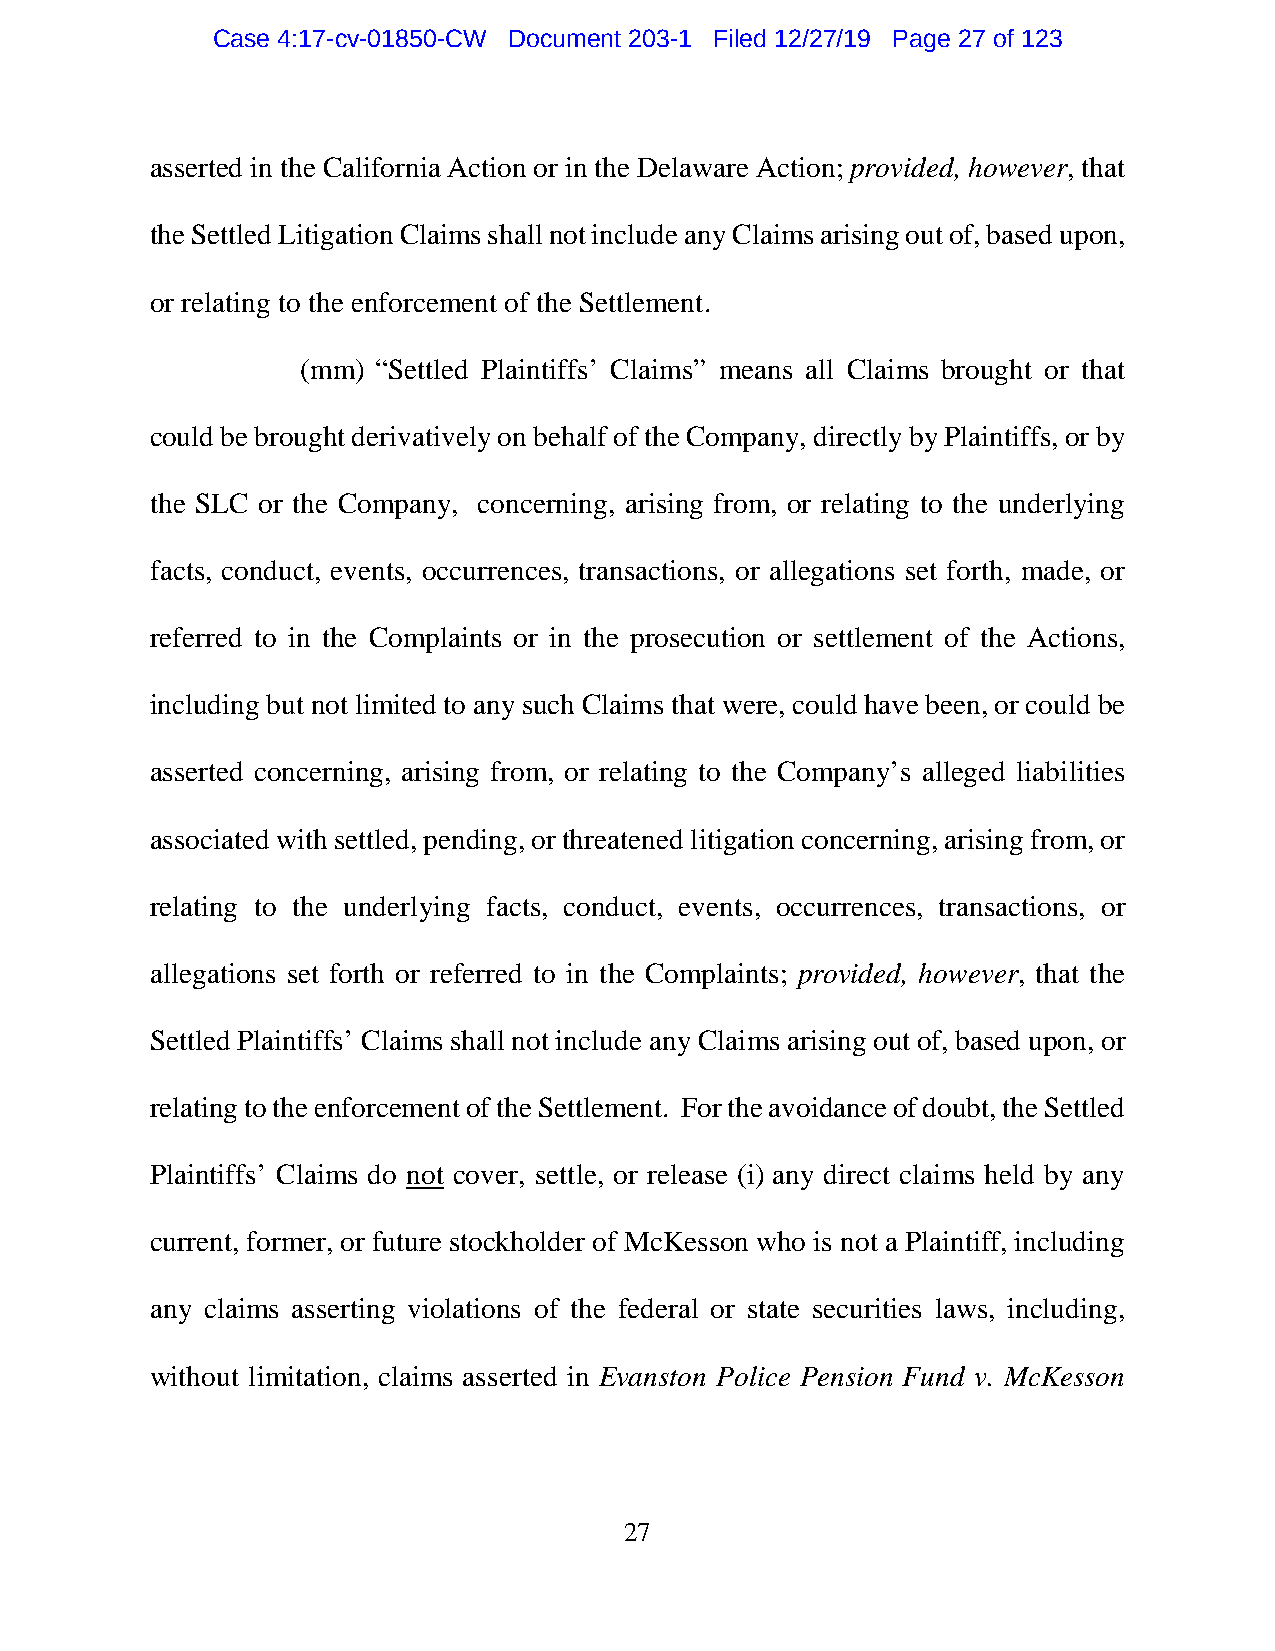
Case 4:17-cv-01850-CW Document 203-1 Filed 12/27/19 Page 27 of 123
 asserted in the California Action or in the Delaware Action; provided, however, that
 the Settled Litigation Claims shall not include any Claims arising out of, based upon,
 or relating to the enforcement of the Settlement.
 (mm) “Settled Plaintiffs’ Claims” means all Claims brought or that
 could be brought derivatively on behalf of the Company, directly by Plaintiffs, or by
 the SLC or the Company, concerning, arising from, or relating to the underlying
 facts, conduct, events, occurrences, transactions, or allegations set forth, made, or
 referred to in the Complaints or in the prosecution or settlement of the Actions,
 including but not limited to any such Claims that were, could have been, or could be
 asserted concerning, arising from, or relating to the Company’s alleged liabilities
 associated with settled, pending, or threatened litigation concerning, arising from, or
 relating to the underlying facts, conduct, events, occurrences, transactions, or
 allegations set forth or referred to in the Complaints; provided, however, that the
 Settled Plaintiffs’ Claims shall not include any Claims arising out of, based upon, or
 relating to the enforcement of the Settlement. For the avoidance of doubt, the Settled
 Plaintiffs’ Claims do not cover, settle, or release (i) any direct claims held by any
 current, former, or future stockholder of McKesson who is not a Plaintiff, including
 any claims asserting violations of the federal or state securities laws, including,
 without limitation, claims asserted in Evanston Police Pension Fund v. McKesson
 27